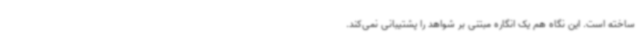
ساخته است. این نگاه هم یک انگاره مبتنی بر شواهد را پشتیبانی نمی‌کند.